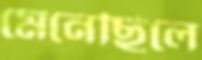
মেনেছিলে